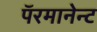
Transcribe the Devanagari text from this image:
पॅरमानेन्ट